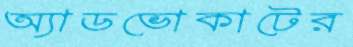
অ্যাডভোকাটের